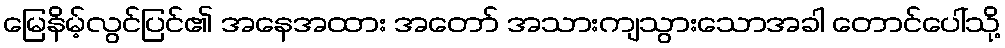
မြေနိမ့်လွင်ပြင်၏ အနေအထား အတော် အသားကျသွားသောအခါ တောင်ပေါ်သို့